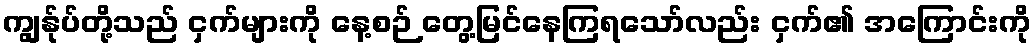
ကျွန်ုပ်တို့သည် ငှက်များကို နေ့စဉ် တွေ့မြင်နေကြရသော်လည်း ငှက်၏ အကြောင်းကို